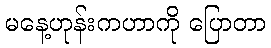
မနေ့ဟုန်းကဟာကို ပြောတာ